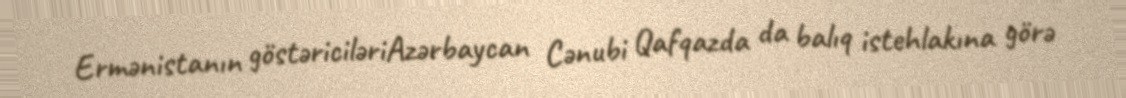
Ermənistanın göstəriciləriAzərbaycan Cənubi Qafqazda da balıq istehlakına görə